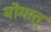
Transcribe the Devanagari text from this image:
योगात्